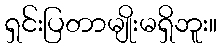
ရှင်းပြတာမျိုးမရှိဘူး။